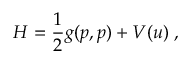
H = \frac { 1 } { 2 } g ( p , p ) + V ( u ) \; ,